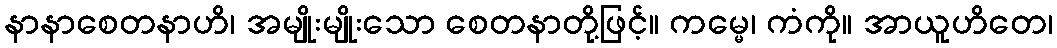
နာနာစေတနာဟိ၊ အမျိုးမျိုးသော စေတနာတို့ဖြင့်။ ကမ္မေ၊ ကံကို။ အာယူဟိတေ၊